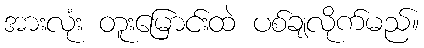
အားလုံး တူးမြောင်းထဲ ပစ်ချလိုက်မည်။